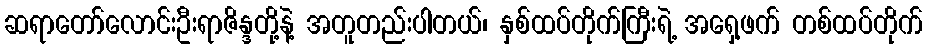
ဆရာတော်လောင်းဦးရာဇိန္ဒတို့နဲ့ အတူတည်းပါတယ်၊ နှစ်ထပ်တိုက်ကြီးရဲ့ အရှေ့ဖက် တစ်ထပ်တိုက်